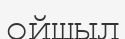
ойшыл